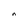
Character: n